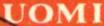
UOMI